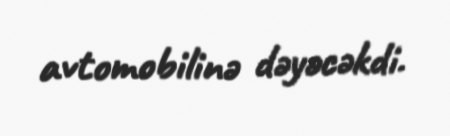
avtomobilinə dəyəcəkdi.